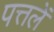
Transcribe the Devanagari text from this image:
पत्तलें